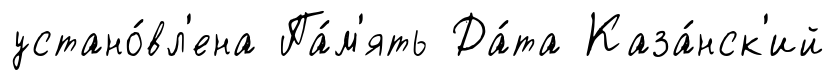
устано́вл'ена Па́м'ять Да́та Каза́нск'ий